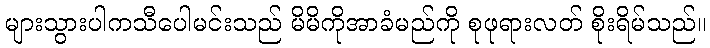
များသွားပါကသီပေါမင်းသည် မိမိကိုအာခံမည်ကို စုဖုရားလတ် စိုးရိမ်သည်။